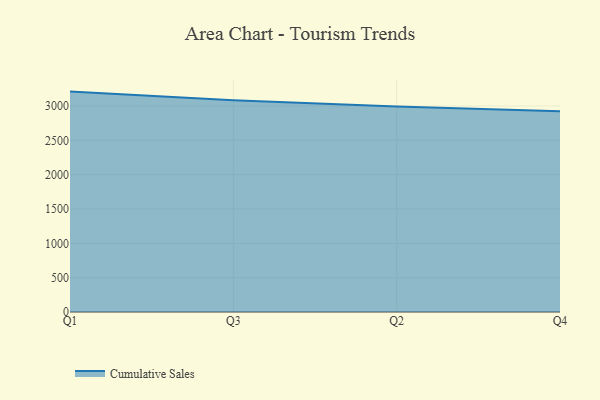
{"axis": {"x": "Quarter", "y": "Temperature (°C)"}, "legend": ["Cumulative Sales"], "data": [{"x": "Q1", "y": 3209.4, "type": "Cumulative Sales"}, {"x": "Q3", "y": 3083.4, "type": "Cumulative Sales"}, {"x": "Q2", "y": 2994.2, "type": "Cumulative Sales"}, {"x": "Q4", "y": 2921.8, "type": "Cumulative Sales"}]}